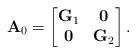
LaTeX: \begin{align*}\mathbf{A}_0 = \left[\begin{matrix} \mathbf{G}_1 & \mathbf{0} \\ \mathbf{0} & \mathbf{G}_2 \end{matrix}\right].\end{align*}